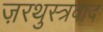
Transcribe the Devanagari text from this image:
ज़रथुस्त्रवाद